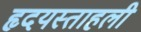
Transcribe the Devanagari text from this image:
हृदयस्ताहली